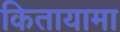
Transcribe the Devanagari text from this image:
कितायामा